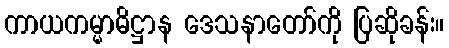
ကာယကမ္မာဓိဋ္ဌာန ဒေသနာတော်ကို ပြဆိုခန်း။